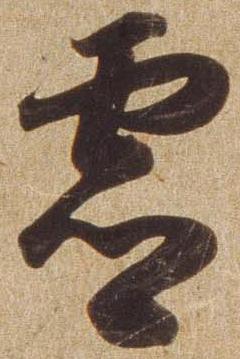
霊